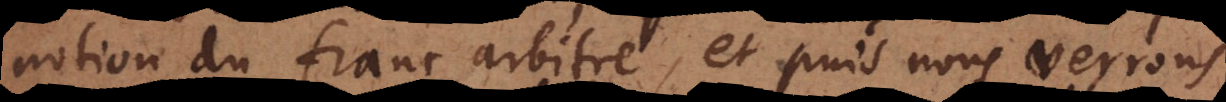
notion du franc arbitre, et puis nous verrons